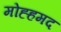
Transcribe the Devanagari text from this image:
मोह्हमद